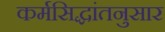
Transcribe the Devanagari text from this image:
कर्मसिद्धांतनुसार